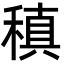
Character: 稹